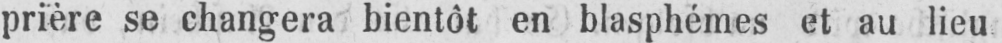
prière se changera bientôt en blasphémes et au lieu